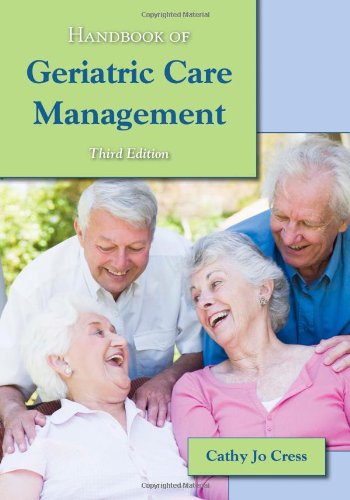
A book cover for Handbook Of Geriatric Care Management; Cathy Jo Cress; Medical Books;